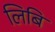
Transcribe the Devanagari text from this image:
लिबि